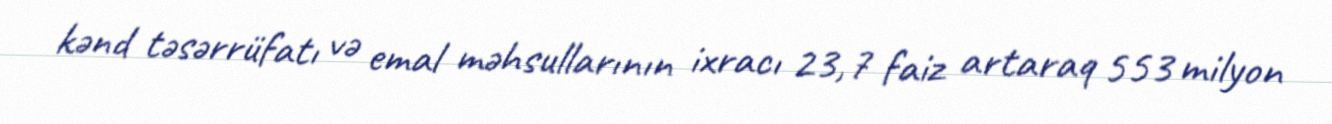
kənd təsərrüfatı və emal məhsullarının ixracı 23,7 faiz artaraq 553 milyon